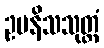
ဥပနိသသုတ္တံ